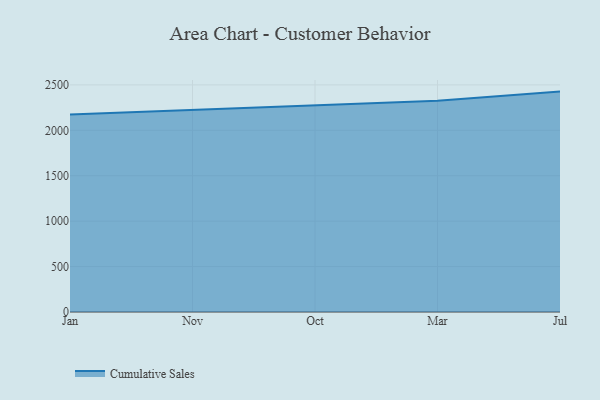
{"axis": {"x": "Month", "y": "Active Users"}, "legend": ["Cumulative Sales"], "data": [{"x": "Jan", "y": 2173.7, "type": "Cumulative Sales"}, {"x": "Nov", "y": 2224.3, "type": "Cumulative Sales"}, {"x": "Oct", "y": 2267.1, "type": "Cumulative Sales"}, {"x": "Mar", "y": 2325.6, "type": "Cumulative Sales"}, {"x": "Jul", "y": 2426.0, "type": "Cumulative Sales"}]}